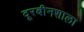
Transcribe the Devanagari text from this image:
दूरबीनशाला